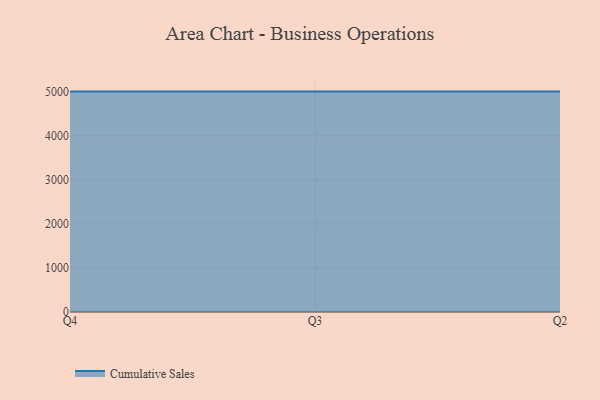
{"axis": {"x": "Quarter", "y": "Inventory Turnover"}, "legend": ["Cumulative Sales"], "data": [{"x": "Q4", "y": 5000, "type": "Cumulative Sales"}, {"x": "Q3", "y": 5000, "type": "Cumulative Sales"}, {"x": "Q2", "y": 5000, "type": "Cumulative Sales"}]}